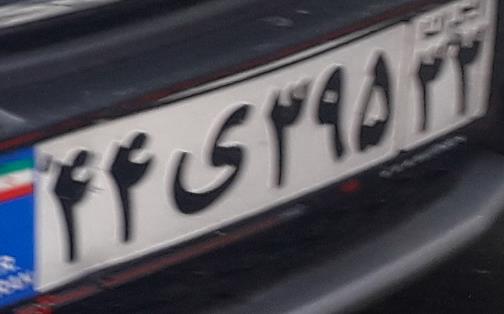
۴۴ی۳۹۵۳۳